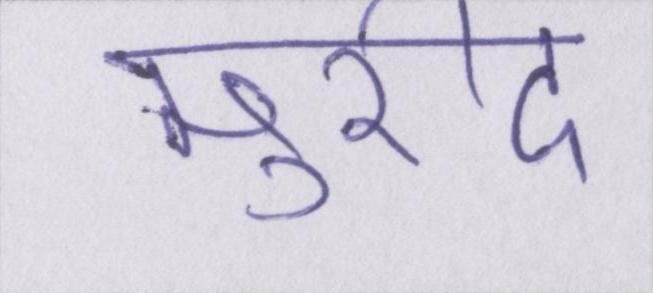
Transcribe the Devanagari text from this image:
मुरीद